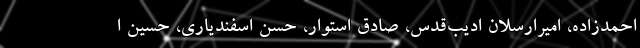
احمدزاده، امیرارسلان ادیب‌قدس، صادق استوار، حسن اسفندیاری، حسین ا